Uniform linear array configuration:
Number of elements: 32
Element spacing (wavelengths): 0.5
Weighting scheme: hamming
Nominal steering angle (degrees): -30
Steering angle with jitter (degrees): -29.201
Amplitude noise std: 0.05
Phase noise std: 0.05

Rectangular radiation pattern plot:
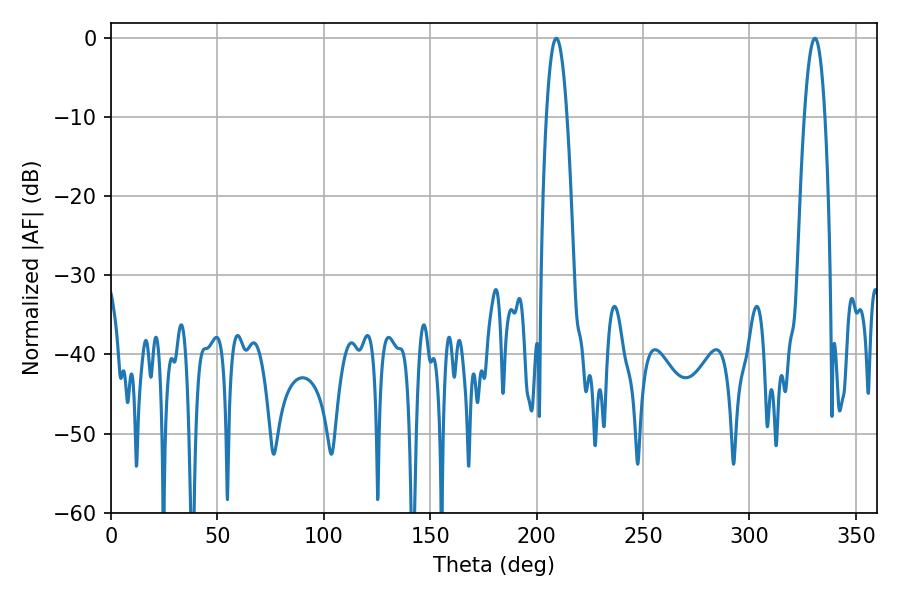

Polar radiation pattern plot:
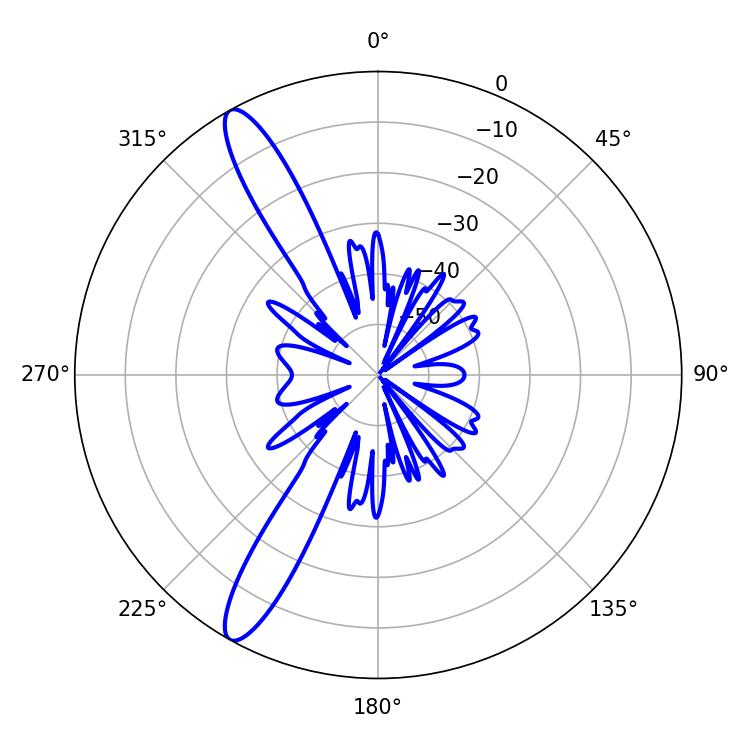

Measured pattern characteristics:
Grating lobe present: FALSE
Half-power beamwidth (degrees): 5.22
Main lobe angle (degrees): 209.16